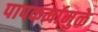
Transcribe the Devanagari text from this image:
पापकर्मामुळे